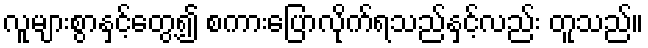
လူများစွာနှင့်တွေ့၍ စကားပြောလိုက်ရသည်နှင့်လည်း တူသည်။